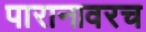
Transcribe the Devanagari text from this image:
पारानावरच